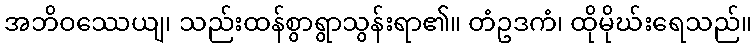
အဘိဝဿေယျ၊ သည်းထန်စွာရွာသွန်းရာ၏။ တံဥဒကံ၊ ထိုမိုဃ်းရေသည်။